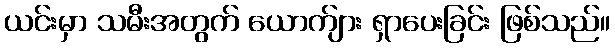
ယင်းမှာ သမီးအတွက် ယောက်ျား ရှာပေးခြင်း ဖြစ်သည်။